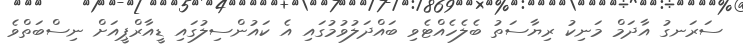
ސަރަނގު އާދަމް މަނިކު ރިޔާސަތު ބެލެހެއްޓެވި ބައްދަލުވުމުގައި އެ ކައުންސިލުގައި ޑީއާރްޕީއަށް ނިސްބަތްވެ